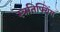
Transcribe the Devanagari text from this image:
स्त्रतिफ्यिंग